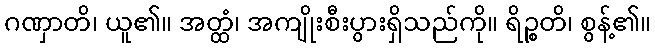
ဂဏှာတိ၊ ယူ၏။ အတ္ထံ၊ အကျိုးစီးပွားရှိသည်ကို။ ရိဉ္စတိ၊ စွန့်၏။